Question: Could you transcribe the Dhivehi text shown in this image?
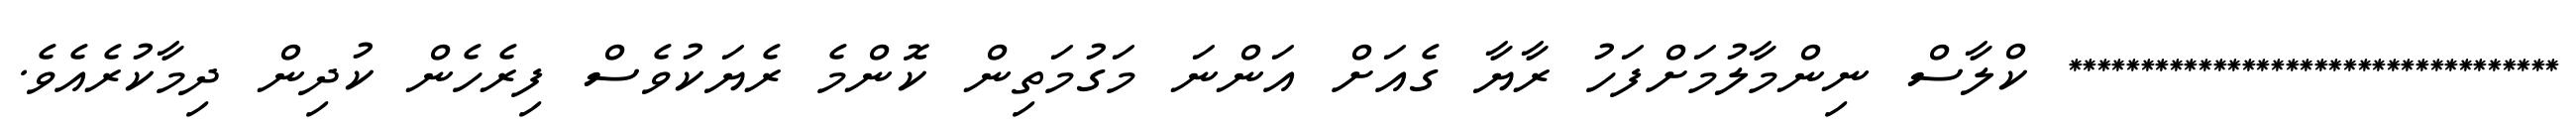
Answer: ********************************** ކްލާސް ނިންމާލުމަށްފަހު ރާޔާ ގެއަށް އަންނަ މަގުމަތިން ކޮންމެ ރެޔަކުވެސް ފިރެހެން ކުދިން ދިމާކުރެއެވެ.